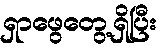
ရှာဖွေတွေ့ရှိပြီး